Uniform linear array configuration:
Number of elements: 12
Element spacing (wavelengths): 0.75
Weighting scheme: blackman
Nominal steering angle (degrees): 60
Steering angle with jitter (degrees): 58.221
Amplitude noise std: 0.05
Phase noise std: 0.05

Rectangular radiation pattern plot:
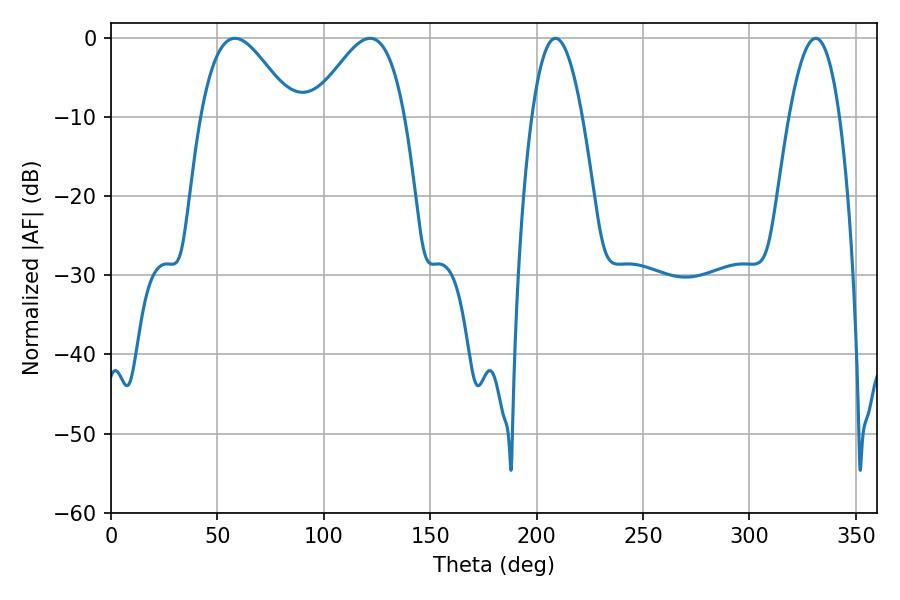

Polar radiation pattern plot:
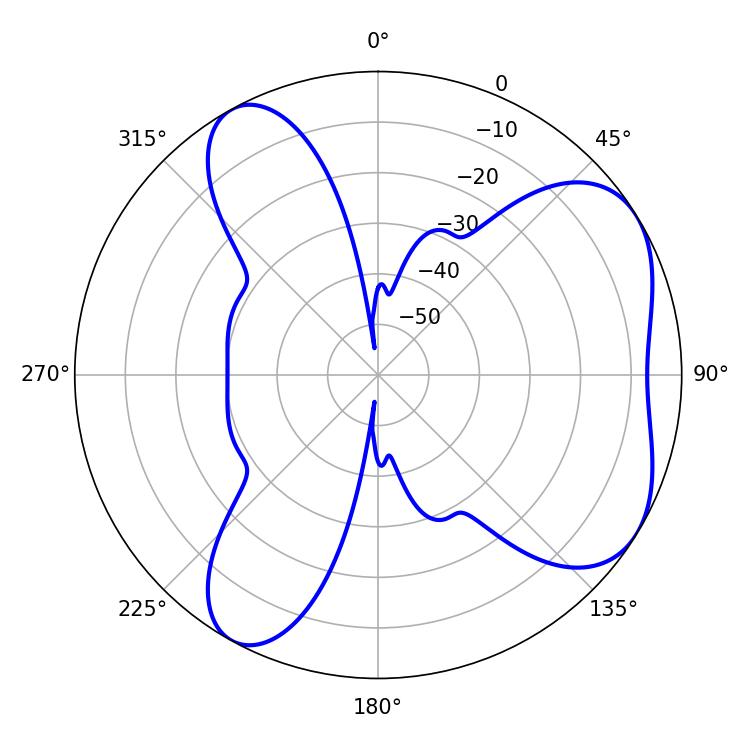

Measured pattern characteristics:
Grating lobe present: TRUE
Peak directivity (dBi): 5.553
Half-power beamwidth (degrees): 23.4
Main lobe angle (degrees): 58.32